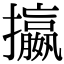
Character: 攍